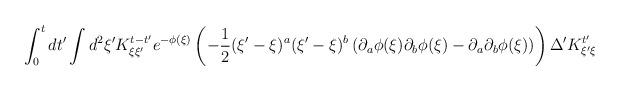
LaTeX: \begin{align*}\int_{0}^{t}dt^{\prime}\int d^{2}\xi^{\prime}K^{t-t^{\prime}}_{\xi\xi^{\prime}}e^{-\phi(\xi)}\left(-\frac{1}{2}(\xi^{\prime}-\xi)^{a}(\xi^{\prime}-\xi)^{b}\left(\partial_{a}\phi(\xi)\partial_{b}\phi(\xi)-\partial_{a}\partial_{b}\phi(\xi)\right)\right)\Delta^{\prime}K^{t^{\prime}}_{\xi^{\prime}\xi}\end{align*}